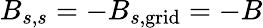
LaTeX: B_{s,s}=-B_{s,\mathrm{grid}}=-B